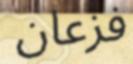
فزعان